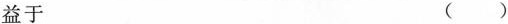
益于 ( )